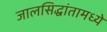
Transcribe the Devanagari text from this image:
जालसिद्धांतामध्ये